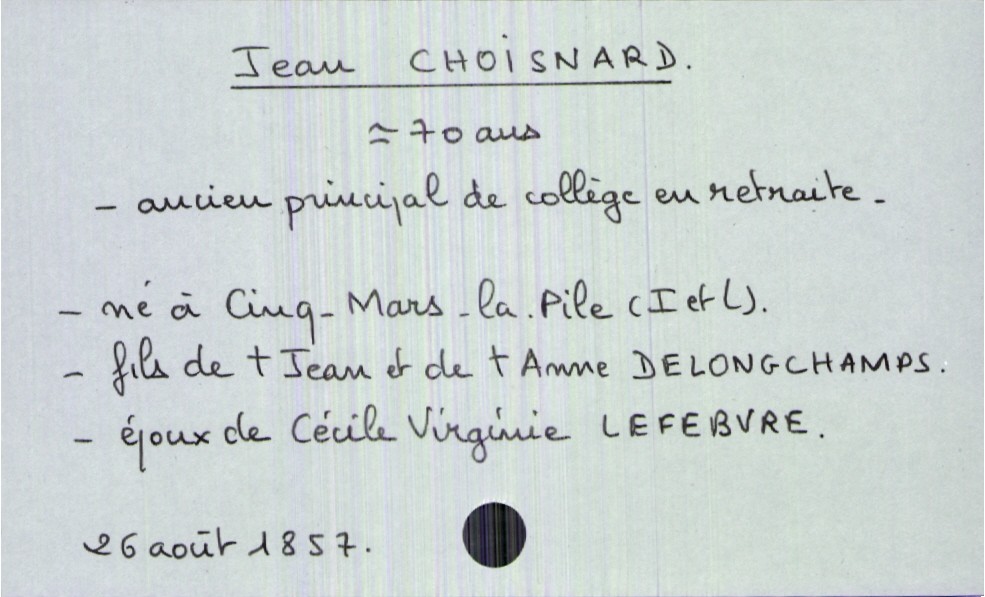
type_acte: Décès
année: 1857
mois: août
jour: 26
défunt_nom: Choisnard
défunt_prénom: Jean
défunt_sexe: H
défunt_âge: 70 ans
défunt_profession: ancien principal de collège en retraite
défunt_lieu_de_naissance: Cinq-Mars-la-Pile (Indre et Loire)
défunt_statut: marié(e)
père_défunt_nom: Choisnard
père_défunt_prénom: Jean
père_défunt_statut: décédé
mère_défunt_nom: Delongchamps
mère_défunt_prénom: Anne
mère_défunt_statut: décédée